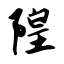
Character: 隍